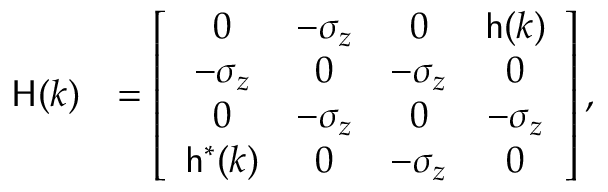
\begin{array} { r l } { { \sf H } ( k ) } & { = \left[ \begin{array} { c c c c } { 0 } & { - \sigma _ { z } } & { 0 } & { { \sf h } ( k ) } \\ { - \sigma _ { z } } & { 0 } & { - \sigma _ { z } } & { 0 } \\ { 0 } & { - \sigma _ { z } } & { 0 } & { - \sigma _ { z } } \\ { { \sf h } ^ { * } ( k ) } & { 0 } & { - \sigma _ { z } } & { 0 } \end{array} \right] , } \end{array}